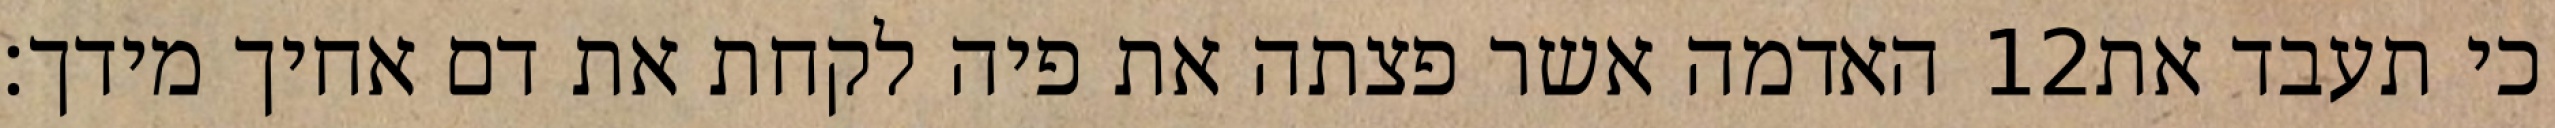
האדמה אשר פצתה את פיה לקחת את דם אחיך מידך׃ ‎12‏ כי תעבד את